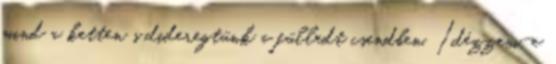
mind a ketten s dideregtünk a fülledt csendben. Idézzem-e